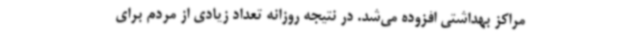
مراکز بهداشتی افزوده می‌شد. در نتیجه روزانه تعداد زیادی از مردم برای